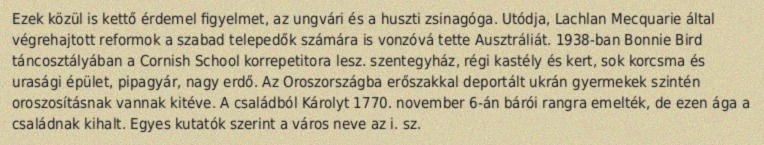
Ezek közül is kettő érdemel figyelmet, az ungvári és a huszti zsinagóga. Utódja, Lachlan Mecquarie által végrehajtott reformok a szabad telepedők számára is vonzóvá tette Ausztráliát. 1938-ban Bonnie Bird táncosztályában a Cornish School korrepetitora lesz. szentegyház, régi kastély és kert, sok korcsma és urasági épület, pipagyár, nagy erdő. Az Oroszországba erőszakkal deportált ukrán gyermekek szintén oroszosításnak vannak kitéve. A családból Károlyt 1770. november 6-án bárói rangra emelték, de ezen ága a családnak kihalt. Egyes kutatók szerint a város neve az i. sz.